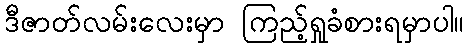
ဒီဇာတ်လမ်းလေးမှာ ကြည့်ရှုခံစားရမှာပါ။